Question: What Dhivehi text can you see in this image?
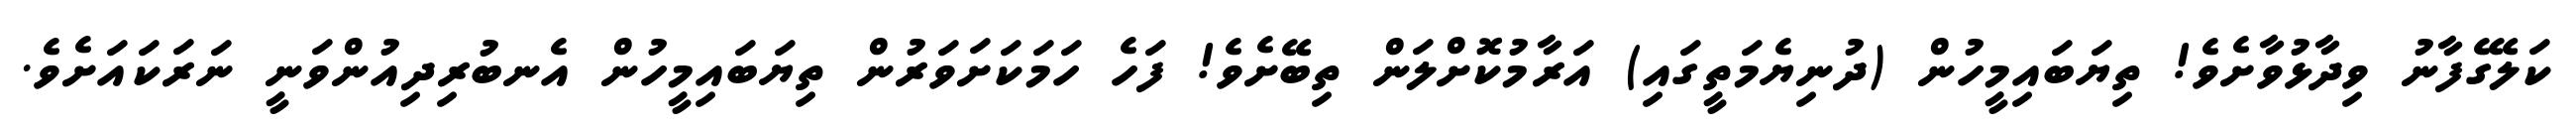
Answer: ކަލޭގެފާނު ވިދާޅުވާށެވެ! ތިޔަބައިމީހުން (ދުނިޔެމަތީގައި) އަރާމުކޮށްލަން ތިބޭށެވެ! ފަހެ ހަމަކަށަވަރުން ތިޔަބައިމީހުން އެނބުރިދިއުންވަނީ ނަރަކައަށެވެ.